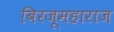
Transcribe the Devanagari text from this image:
बिरजूमहाराज